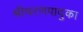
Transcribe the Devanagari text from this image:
श्रीचरणपादुका